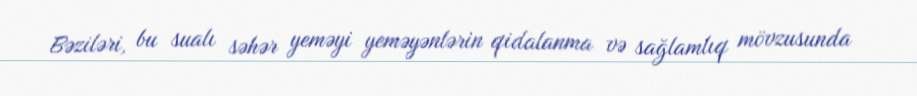
Bəziləri, bu sualı səhər yeməyi yeməyənlərin qidalanma və sağlamlıq mövzusunda